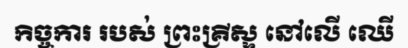
កិច្ចការ របស់ ព្រះគ្រីស្ទ នៅលើ ឈើ